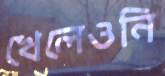
খেলেওনি